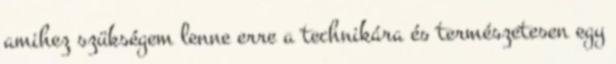
amihez szükségem lenne erre a technikára és természetesen egy